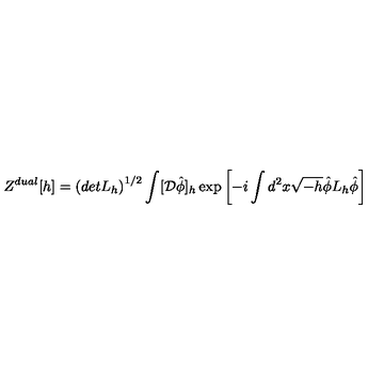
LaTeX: Z ^ { d u a l } [ h ] = \left( d e t L _ { h } \right) ^ { 1 / 2 } \int [ { \cal D } \hat { \phi } ] _ { h } \exp \left[ - i \int d ^ { 2 } x \sqrt { - h } \hat { \phi } L _ { h } \hat { \phi } \right]